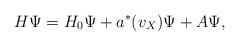
LaTeX: \begin{align*}H \Psi = H_0 \Psi + a^*(v_X)\Psi + A\Psi,\end{align*}